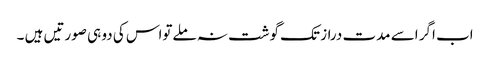
اب اگر اسے مدت دراز تک گوشت نہ ملےتواس کی دو ہی صورتیں ہیں ۔